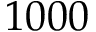
1 0 0 0